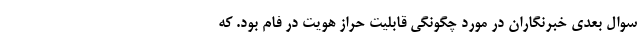
سوال بعدی خبرنگاران در مورد چگونگی قابلیت حراز هویت در فام بود. که